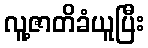
လူ့ဇာတိခံယူပြီး